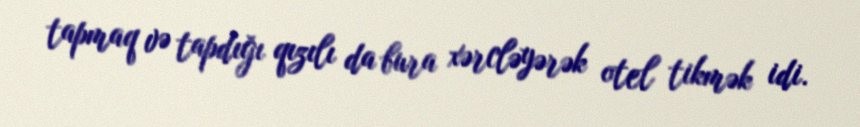
tapmaq və tapdığı qızılı da bura xərcləyərək otel tikmək idi.